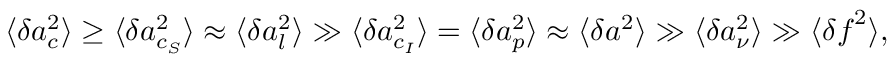
\langle \delta \boldsymbol { a } _ { c } ^ { 2 } \rangle \ge \langle \delta \boldsymbol { a } _ { c _ { S } } ^ { 2 } \rangle \approx \langle \delta \boldsymbol { a } _ { l } ^ { 2 } \rangle \gg \langle \delta \boldsymbol { a } _ { c _ { I } } ^ { 2 } \rangle = \langle \delta \boldsymbol { a } _ { p } ^ { 2 } \rangle \approx \langle \delta \boldsymbol { a } ^ { 2 } \rangle \gg \langle \delta \boldsymbol { a } _ { \nu } ^ { 2 } \rangle \gg \langle \delta \boldsymbol { f } ^ { 2 } \rangle ,